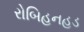
રોબિહનહૂડ